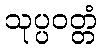
သုပ္ပဝတ္တံ